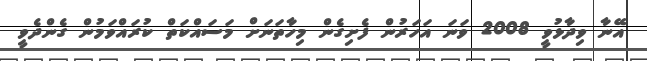
އޭނާ ވިދާޅުވީ 2008 ވަނަ އަހަރުން ފެށިގެން މިހާތަނަށް މަސައްކަތް ކުރައްވަމުން ގެންދެވީ